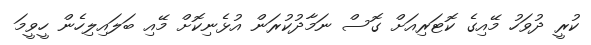
ކުރީ ދުވަހު މޭއިގެ ކޮޓަރިއަށް ގޮސް ނަމާދުކުރަން އުޅެނިކޮށް މޭއި ބަލައިލިހެން ހީވީމަ